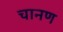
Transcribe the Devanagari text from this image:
चानण